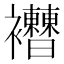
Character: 𧟔